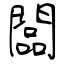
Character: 闆